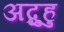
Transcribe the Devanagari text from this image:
अब्दुहु